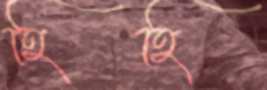
হিহি